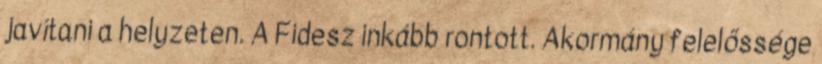
javítani a helyzeten. A Fidesz inkább rontott. Akormány felelőssége